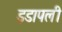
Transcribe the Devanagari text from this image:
इडापली